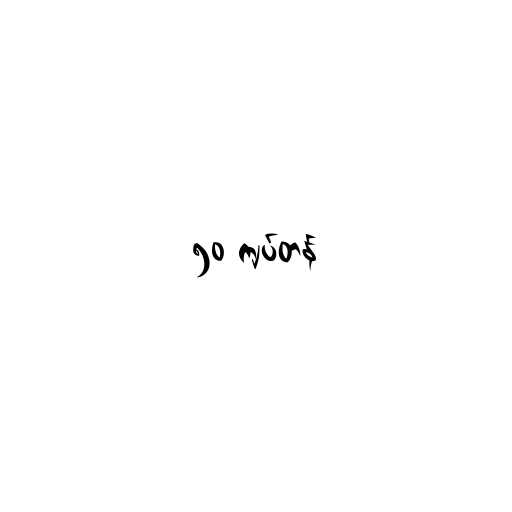
၅၀ ကျပ်တန်